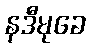
နဒီမုခေ